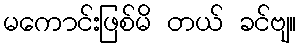
မကောင်းဖြစ်မိ တယ် ခင်ဗျ။